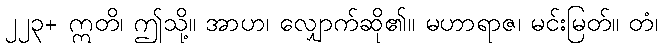
၂၂၃+ ဣတိ၊ ဤသို့။ အာဟ၊ လျှောက်ဆို၏။ မဟာရာဇ၊ မင်းမြတ်။ တံ၊